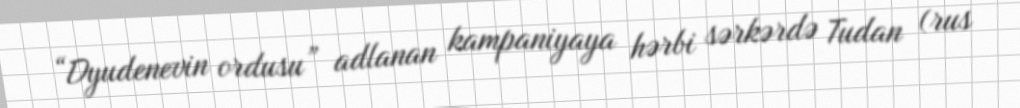
“Dyudenevin ordusu” adlanan kampaniyaya hərbi sərkərdə Tudan (rus